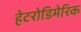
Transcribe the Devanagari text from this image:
हेटरोडिमेरिक